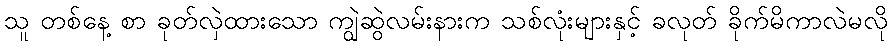
သူ တစ်နေ့ စာ ခုတ်လှဲထားသော ကျွဲဆွဲလမ်းနားက သစ်လုံးများနှင့် ခလုတ် ခိုက်မိကာလဲမလို